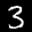
Label: 3